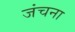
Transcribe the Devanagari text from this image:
जंचना